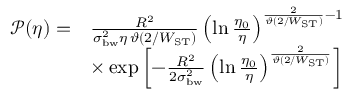
\begin{array} { r l } { \mathcal { P } ( \eta ) = } & { \frac { R ^ { 2 } } { \sigma _ { \mathrm { b w } } ^ { 2 } \eta \, \vartheta ( 2 / W _ { \mathrm { S T } } ) } \left( \ln \frac { \eta _ { 0 } } { \eta } \right) ^ { \frac { 2 } { \vartheta ( 2 / W _ { \mathrm { S T } } ) } - 1 } } \\ & { \times \exp \left[ - \frac { R ^ { 2 } } { 2 \sigma _ { \mathrm { b w } } ^ { 2 } } \left( \ln \frac { \eta _ { 0 } } { \eta } \right) ^ { \frac { 2 } { \vartheta ( 2 / W _ { \mathrm { S T } } ) } } \right] } \end{array}